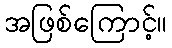
အဖြစ်ကြောင့်။